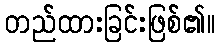
တည်ထားခြင်းဖြစ်၏။